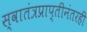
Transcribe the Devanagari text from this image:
स्वातंत्रप्राप्तीनंतरही